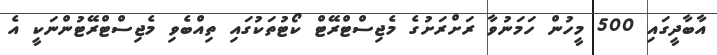
އާބާދީގައި 500 މީހުން ހަމަނުވާ ރަށްރަށުގެ މެޖިސްޓްރޭޓް ކޯޓުތަކުގައި ތިއްބެވި މެޖިސްޓްރޭޓުންނަކީ އެ